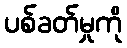
ပစ်ခတ်မှုကို